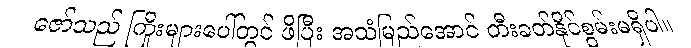
ဇော်သည် ကြိုးများပေါ်တွင် ဖိပြီး အသံမြည်အောင် တီးခတ်နိုင်စွမ်းမရှိပါ။